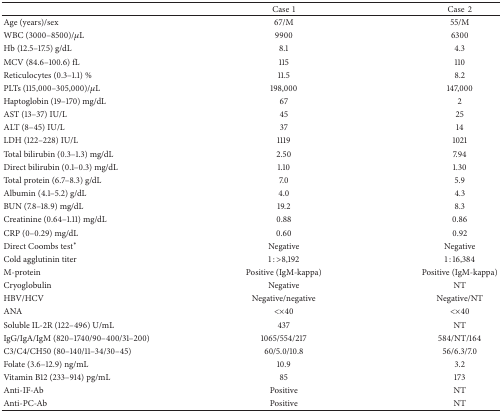
<table><thead><tr><td><b> </b></td><td><b>Case1</b></td><td><b>Case2</b></td></tr></thead><tbody><tr><td>Age (years)/sex</td><td>67/M</td><td>55/M</td></tr><tr><td>WBC (3000–8500)/<i>μ</i>L</td><td>9900</td><td>6300</td></tr><tr><td>Hb (12.5–17.5) g/dL</td><td>8.1</td><td>4.3</td></tr><tr><td>MCV (84.6–100.6) fL </td><td>115</td><td>110</td></tr><tr><td>Reticulocytes (0.3–1.1) %</td><td>11.5</td><td>8.2</td></tr><tr><td>PLTs (115,000–305,000)/<i>μ</i>L</td><td>198,000</td><td>147,000</td></tr><tr><td>Haptoglobin (19–170) mg/dL</td><td>67</td><td>2</td></tr><tr><td>AST (13–37) IU/L</td><td>45</td><td>25</td></tr><tr><td>ALT (8–45) IU/L</td><td>37</td><td>14</td></tr><tr><td>LDH (122–228) IU/L</td><td>1119</td><td>1021</td></tr><tr><td>Total bilirubin (0.3–1.3) mg/dL</td><td>2.50</td><td>7.94</td></tr><tr><td>Direct bilirubin (0.1–0.3) mg/dL</td><td>1.10</td><td>1.30</td></tr><tr><td>Total protein (6.7–8.3) g/dL</td><td>7.0</td><td>5.9</td></tr><tr><td>Albumin (4.1–5.2) g/dL</td><td>4.0</td><td>4.3</td></tr><tr><td>BUN (7.8–18.9) mg/dL</td><td>19.2</td><td>8.3</td></tr><tr><td>Creatinine (0.64–1.11) mg/dL</td><td>0.88</td><td>0.86</td></tr><tr><td>CRP (0–0.29) mg/dL</td><td>0.60</td><td>0.92</td></tr><tr><td>Direct Coombs test<sup>*</sup></td><td>Negative</td><td>Negative </td></tr><tr><td>Cold agglutinin titer</td><td>1 : &gt;8,192</td><td>1 : 16,384</td></tr><tr><td>M-protein</td><td>Positive (IgM-kappa)</td><td>Positive (IgM-kappa)</td></tr><tr><td>Cryoglobulin</td><td>Negative </td><td>NT</td></tr><tr><td>HBV/HCV</td><td>Negative/negative</td><td>Negative/NT</td></tr><tr><td>ANA</td><td>&lt;×40</td><td>&lt;×40</td></tr><tr><td>Soluble IL-2R (122–496) U/mL</td><td>437</td><td>NT</td></tr><tr><td>IgG/IgA/IgM (820–1740/90–400/31–200)</td><td>1065/554/217</td><td>584/NT/164</td></tr><tr><td>C3/C4/CH50 (80–140/11–34/30–45)</td><td>60/5.0/10.8</td><td>56/6.3/7.0</td></tr><tr><td>Folate (3.6–12.9) ng/mL</td><td>10.9</td><td>3.2</td></tr><tr><td>Vitamin B12 (233–914) pg/mL</td><td>85</td><td>173</td></tr><tr><td>Anti-IF-Ab</td><td>Positive</td><td>NT</td></tr><tr><td>Anti-PC-Ab</td><td>Positive</td><td>NT</td></tr></tbody></table>